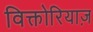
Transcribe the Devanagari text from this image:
विक्तोरियाज़